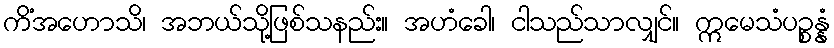
ကိံအဟောသိ၊ အဘယ်သို့ဖြစ်သနည်း။ အဟံခေါ၊ ငါသည်သာလျှင်။ ဣမေသံပဉ္စန္နံ